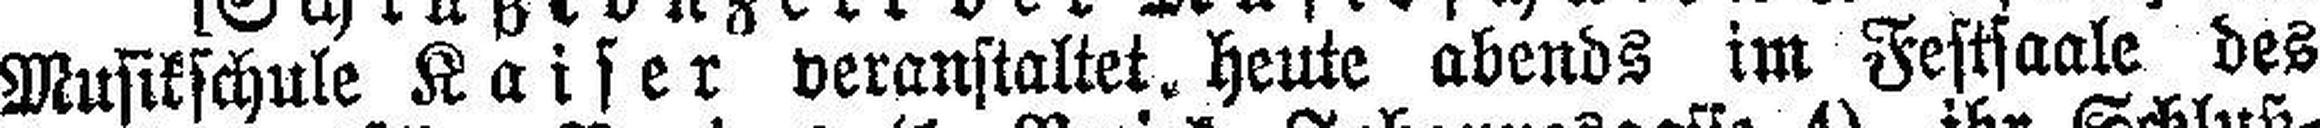
Musikschule Kaiser veranstaltet, heute abends im Festsaale des